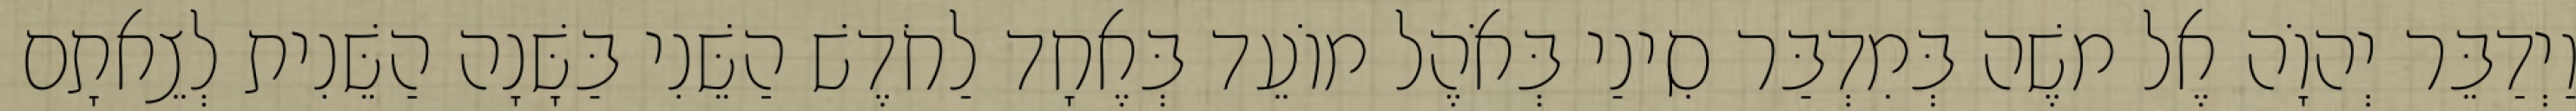
וַיְדַבֵּר יְהוָֹה אֶל משֶׁה בְּמִדְבַּר סִינַי בְּאֹהֶל מוֹעֵד בְּאֶחָד לַחֹדֶשׁ הַשֵּׁנִי בַּשָּׁנָה הַשֵּׁנִית לְצֵאתָם